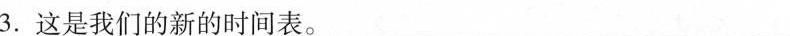
3.这是我们的新的时间表。____________________________